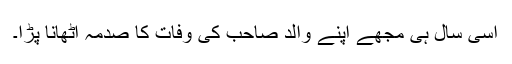
اسی سال ہی مجھے اپنے والد صاحب کی وفات کا صدمہ اٹھانا پڑا۔